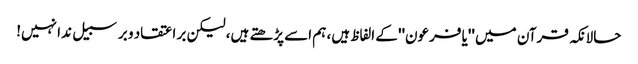
حالانکہ قرآن میں ''یا فرعون'' کے الفاظ ہیں، ہم اسے پڑھتے ہیں، لیکن بر اعتقاد و برسبیل ندا نہیں!